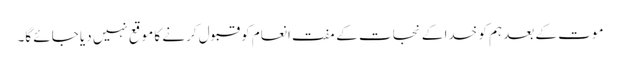
موت کے بعد ہم کو خدا کے نجات کے مفت انعام کو قبول کرنے کا موقع نہیں دیا جائے گا۔